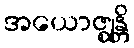
အယောဇ္ဈန္တိ